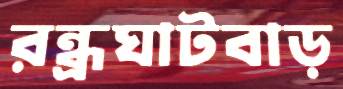
রন্ধ্রঘাটবাড়